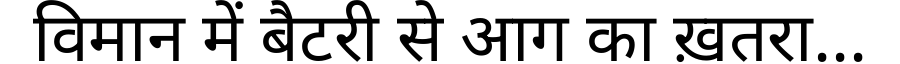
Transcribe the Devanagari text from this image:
विमान में बैटरी से आग का ख़तरा...